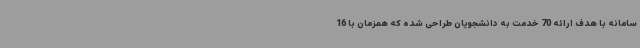
سامانه با هدف ارائه 70 خدمت به دانشجویان طراحی شده که همزمان با 16